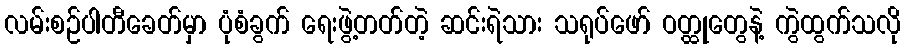
လမ်းစဉ်ပါတီခေတ်မှာ ပုံစံခွက် ရေးဖွဲ့တတ်တဲ့ ဆင်းရဲသား သရုပ်ဖော် ဝတ္ထုတွေနဲ့ ကွဲထွက်သလို